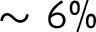
\sim 6 \%